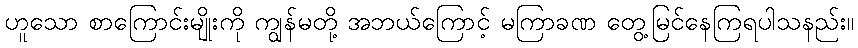
ဟူသော စာကြောင်းမျိုးကို ကျွန်မတို့ အဘယ်ကြောင့် မကြာခဏ တွေ့မြင်နေကြရပါသနည်း။